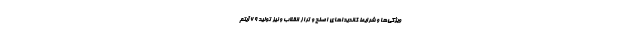
ویژگی‌ها و شرایط کاندیداهای اصلح و تراز انقلاب و نیز تولید 69 آیتم